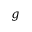
g